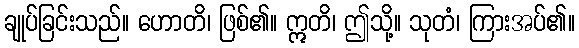
ချုပ်ခြင်းသည်။ ဟောတိ၊ ဖြစ်၏။ ဣတိ၊ ဤသို့။ သုတံ၊ ကြားအပ်၏။